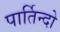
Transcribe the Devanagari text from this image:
पार्तिन्दो